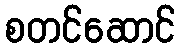
စတင်ဆောင်